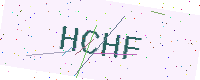
Text: HCHF